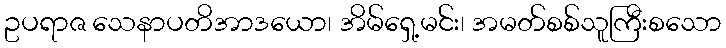
ဥပရာဇ သေနာပတိအာဒယော၊ အိမ်ရှေ့မင်း၊ အမတ်စစ်သူကြီးစသော